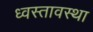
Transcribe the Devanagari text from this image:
ध्वस्तावस्था